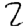
Digit: 2